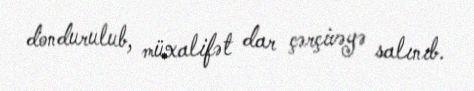
dondurulub, müxalifət dar çərçivəyə salınıb.